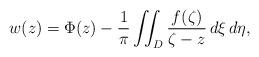
LaTeX: \begin{align*}w(z) = \Phi(z) - \frac{1}{\pi} \iint_D \frac{f(\zeta)}{\zeta - z}\,d\xi\,d\eta,\end{align*}